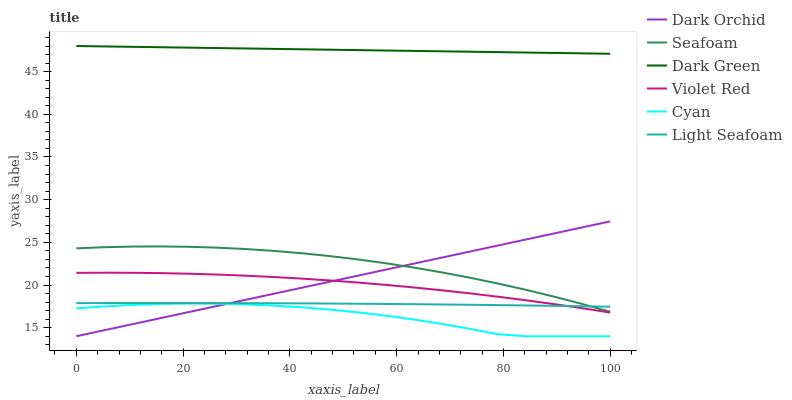
| xaxis_label | Dark Orchid | Seafoam | Dark Green | Violet Red | Cyan | Light Seafoam |
 | --- | --- | --- | --- | --- | --- | --- |
 | 0 | 14 | 24.3 | 48 | 21.4 | 17.3 | 17.9 |
 | 5.26 | 14.7 | 24.4 | 48 | 21.4 | 17.5 | 17.9 |
 | 10.5 | 15.4 | 24.5 | 47.9 | 21.4 | 17.7 | 17.9 |
 | 15.8 | 16.1 | 24.5 | 47.9 | 21.4 | 17.8 | 17.9 |
 | 21.1 | 16.8 | 24.5 | 47.8 | 21.3 | 17.8 | 17.9 |
 | 26.3 | 17.5 | 24.4 | 47.8 | 21.2 | 17.8 | 17.9 |
 | 31.6 | 18.2 | 24.2 | 47.7 | 21.1 | 17.7 | 17.9 |
 | 36.8 | 19 | 24 | 47.7 | 20.9 | 17.6 | 17.9 |
 | 42.1 | 19.7 | 23.7 | 47.6 | 20.8 | 17.4 | 17.9 |
 | 47.4 | 20.4 | 23.4 | 47.6 | 20.5 | 17.1 | 17.8 |
 | 52.6 | 21.1 | 23 | 47.5 | 20.3 | 16.8 | 17.8 |
 | 57.9 | 21.8 | 22.6 | 47.5 | 20 | 16.4 | 17.8 |
 | 63.2 | 22.5 | 22.1 | 47.4 | 19.7 | 16 | 17.8 |
 | 68.4 | 23.2 | 21.5 | 47.4 | 19.4 | 15.5 | 17.7 |
 | 73.7 | 23.9 | 20.9 | 47.3 | 19 | 14.9 | 17.7 |
 | 78.9 | 24.6 | 20.2 | 47.3 | 18.6 | 14.2 | 17.6 |
 | 84.2 | 25.3 | 19.4 | 47.2 | 18.2 | 14 | 17.6 |
 | 89.5 | 26 | 18.6 | 47.2 | 17.8 | 14 | 17.6 |
 | 94.7 | 26.7 | 17.8 | 47.1 | 17.3 | 14 | 17.5 |
 | 100 | 27.5 | 16.9 | 47.1 | 16.8 | 14 | 17.5 |